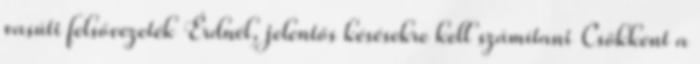
vasúti felsővezeték Érdnél, jelentős késésekre kell számítani Csökkent a